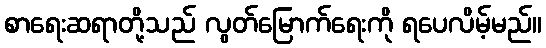
စာရေးဆရာတို့သည် လွတ်မြောက်ရေးကို ရပေလိမ့်မည်။